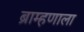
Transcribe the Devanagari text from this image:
ब्राम्हणाला